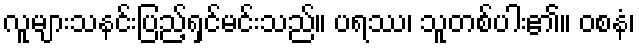
လူများသနင်းပြည့်ရှင်မင်းသည်။ ပရဿ၊ သူတစ်ပါး၏။ ဝစနံ၊